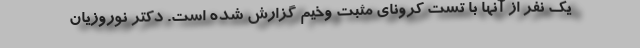
یک نفر از آنها با تست کرونای مثبت وخیم گزارش شده است. دکتر نوروزیان